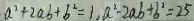
a ^ { 2 } + 2 a b + b ^ { 2 } = 1 , a ^ { 2 } - 2 a b + b ^ { 2 } = 2 5